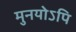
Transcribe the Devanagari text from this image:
मुनयोऽपि